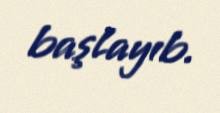
başlayıb.